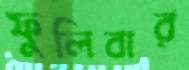
ফুলিবার